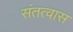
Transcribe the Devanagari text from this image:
संतत्वास